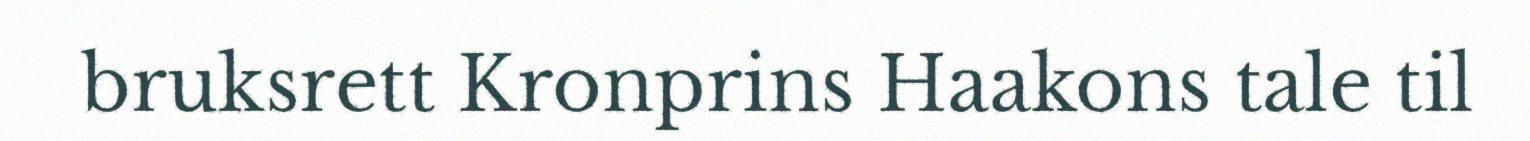
bruksrett Kronprins Haakons tale til